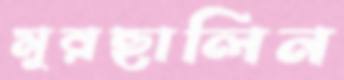
মুরছালিন